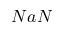
N a N